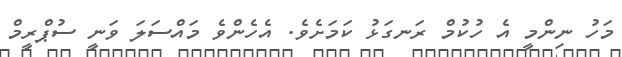
މަހު ނިންމީ އެ ހުކުމް ރަނގަޅު ކަމަށެވެ. އެހެންވެ މައްސަލަ ވަނީ ސުޕްރީމް